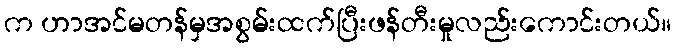
က ဟာအင်မတန်မှအစွမ်းထက်ပြီးဖန်တီးမှုလည်းကောင်းတယ်။